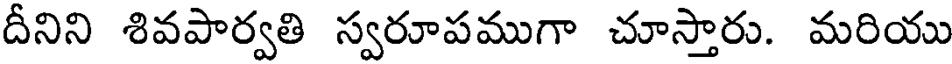
దీనిని శివపార్వతి స్వరూపముగా చూస్తారు. మరియు